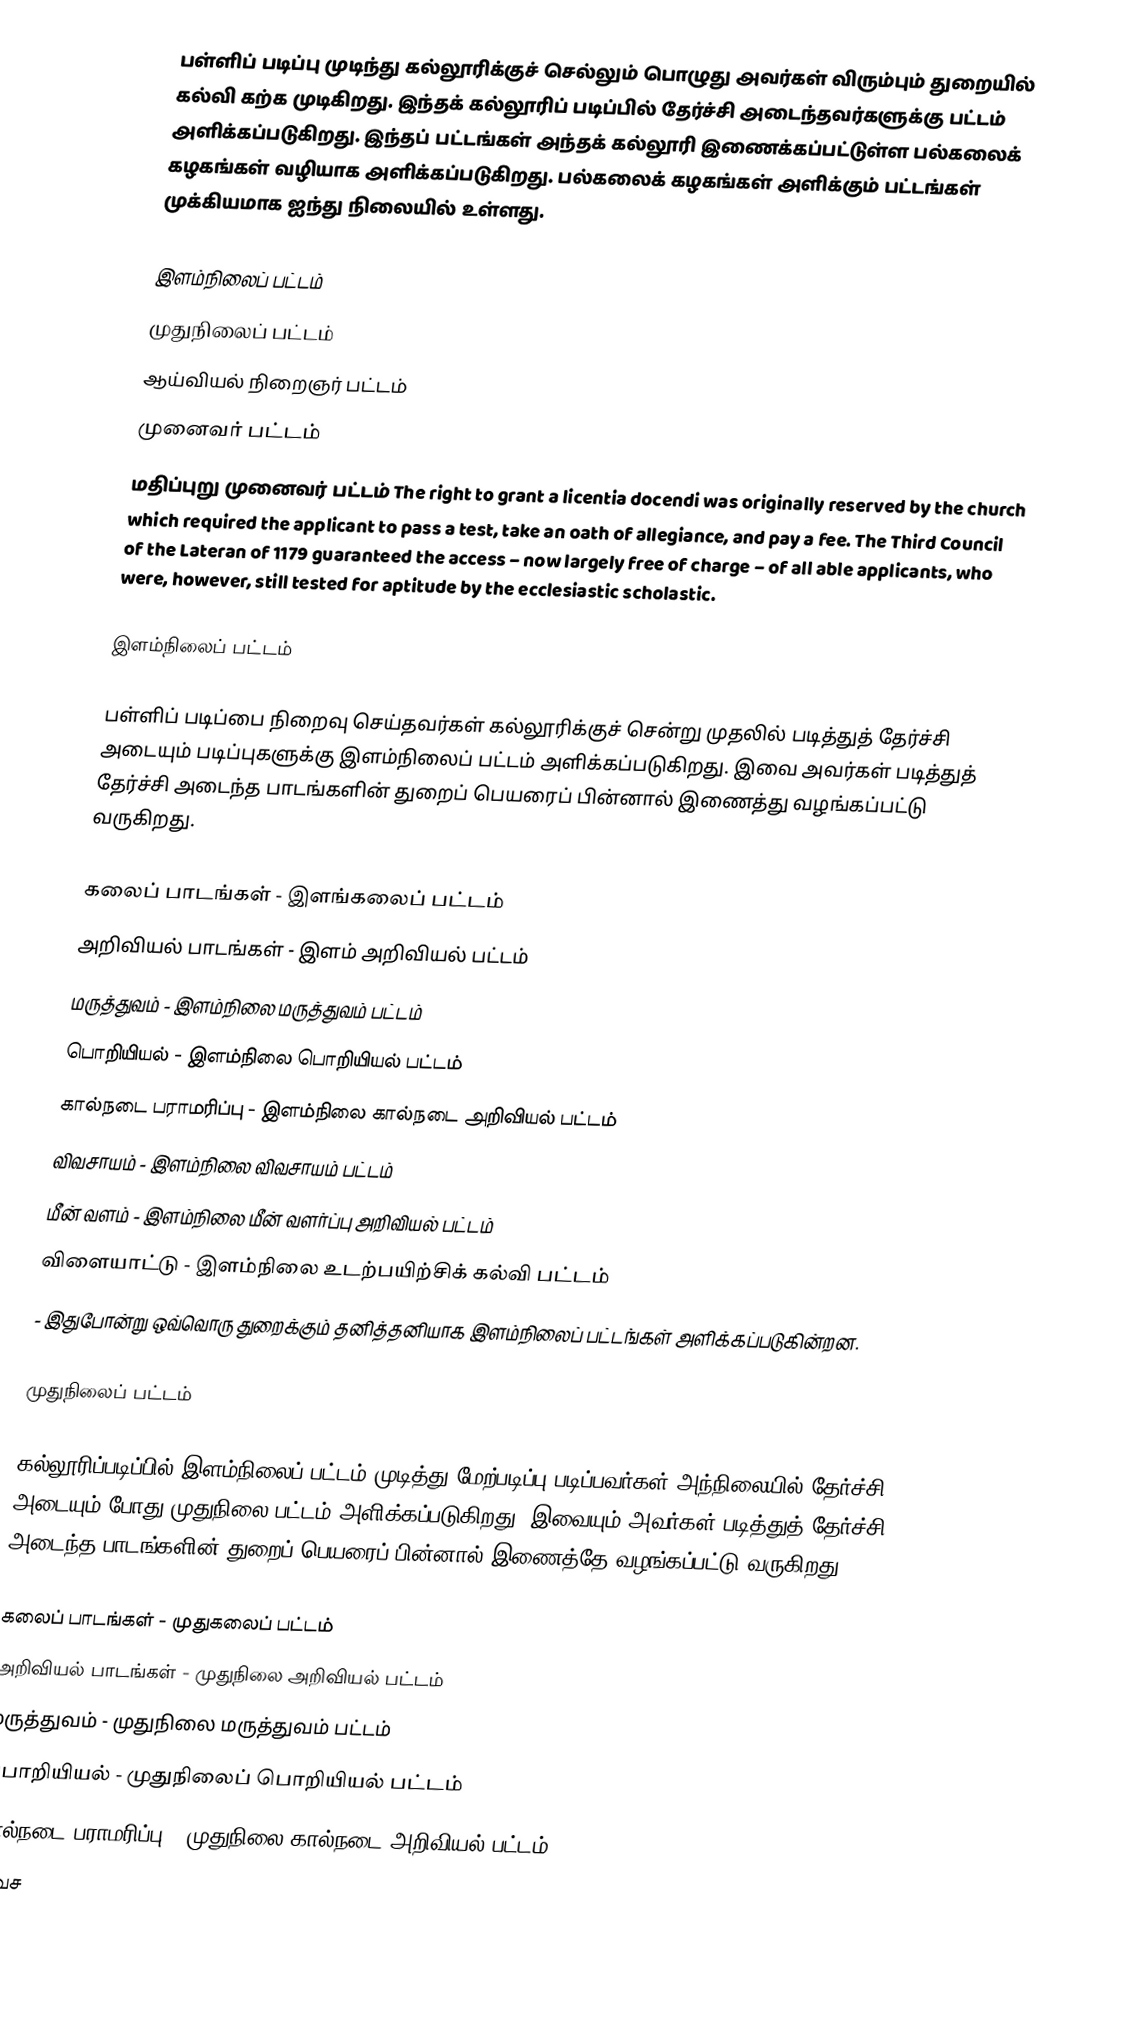
பள்ளிப் படிப்பு முடிந்து கல்லூரிக்குச் செல்லும் பொழுது அவர்கள் விரும்பும் துறையில் கல்வி கற்க முடிகிறது. இந்தக் கல்லூரிப் படிப்பில் தேர்ச்சி அடைந்தவர்களுக்கு பட்டம் அளிக்கப்படுகிறது. இந்தப் பட்டங்கள் அந்தக் கல்லூரி இணைக்கப்பட்டுள்ள பல்கலைக் கழகங்கள் வழியாக அளிக்கப்படுகிறது. பல்கலைக் கழகங்கள் அளிக்கும் பட்டங்கள் முக்கியமாக ஐந்து நிலையில் உள்ளது.

இளம்நிலைப் பட்டம்
முதுநிலைப் பட்டம்
ஆய்வியல் நிறைஞர் பட்டம்
முனைவர் பட்டம்
மதிப்புறு முனைவர் பட்டம் The right to grant a licentia docendi was originally reserved by the church which required the applicant to pass a test, take an oath of allegiance, and pay a fee. The Third Council of the Lateran of 1179 guaranteed the access – now largely free of charge – of all able applicants, who were, however, still tested for aptitude by the ecclesiastic scholastic.

இளம்நிலைப் பட்டம்

பள்ளிப் படிப்பை நிறைவு செய்தவர்கள் கல்லூரிக்குச் சென்று முதலில் படித்துத் தேர்ச்சி அடையும் படிப்புகளுக்கு இளம்நிலைப் பட்டம் அளிக்கப்படுகிறது. இவை அவர்கள் படித்துத் தேர்ச்சி அடைந்த பாடங்களின் துறைப் பெயரைப் பின்னால் இணைத்து வழங்கப்பட்டு வருகிறது.

 கலைப் பாடங்கள் - இளங்கலைப் பட்டம்
 அறிவியல் பாடங்கள் - இளம் அறிவியல் பட்டம்
 மருத்துவம் - இளம்நிலை மருத்துவம் பட்டம்
 பொறியியல் - இளம்நிலை பொறியியல் பட்டம்
 கால்நடை பராமரிப்பு - இளம்நிலை கால்நடை அறிவியல் பட்டம்
 விவசாயம் - இளம்நிலை விவசாயம் பட்டம்
 மீன் வளம் - இளம்நிலை மீன் வளர்ப்பு அறிவியல் பட்டம்
 விளையாட்டு - இளம்நிலை உடற்பயிற்சிக் கல்வி பட்டம்
- இதுபோன்று ஒவ்வொரு துறைக்கும் தனித்தனியாக இளம்நிலைப் பட்டங்கள் அளிக்கப்படுகின்றன.

முதுநிலைப் பட்டம்

கல்லூரிப்படிப்பில் இளம்நிலைப் பட்டம் முடித்து மேற்படிப்பு படிப்பவர்கள் அந்நிலையில்  தேர்ச்சி அடையும் போது முதுநிலை பட்டம் அளிக்கப்படுகிறது. இவையும் அவர்கள் படித்துத் தேர்ச்சி அடைந்த பாடங்களின் துறைப் பெயரைப் பின்னால் இணைத்தே வழங்கப்பட்டு வருகிறது.

 கலைப் பாடங்கள் - முதுகலைப் பட்டம்
 அறிவியல் பாடங்கள் - முதுநிலை அறிவியல் பட்டம்
 மருத்துவம் - முதுநிலை மருத்துவம் பட்டம்
 பொறியியல் - முதுநிலைப் பொறியியல் பட்டம்
 கால்நடை பராமரிப்பு - முதுநிலை கால்நடை அறிவியல் பட்டம்
 விவச